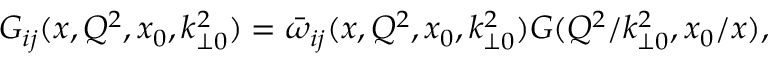
G _ { i j } ( x , Q ^ { 2 } , x _ { 0 } , k _ { \perp 0 } ^ { 2 } ) = \bar { \omega } _ { i j } ( x , Q ^ { 2 } , x _ { 0 } , k _ { \perp 0 } ^ { 2 } ) G ( Q ^ { 2 } / k _ { \perp 0 } ^ { 2 } , x _ { 0 } / x ) ,